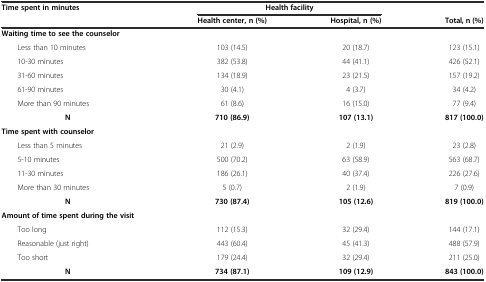
<table><thead><tr><td rowspan="2"><b>Time spent in minutes</b></td><td colspan="2"><b>Health facility</b></td><td rowspan="2"><b>Total, n (%)</b></td></tr><tr><td><b>Health center, n (%)</b></td><td><b>Hospital, n (%)</b></td></tr></thead><tbody><tr><td><b>Waiting time to see the counselor</b></td><td></td><td></td><td></td></tr><tr><td>Less than 10 minutes</td><td>103 (14.5)</td><td>20 (18.7)</td><td>123 (15.1)</td></tr><tr><td>10-30 minutes</td><td>382 (53.8)</td><td>44 (41.1)</td><td>426 (52.1)</td></tr><tr><td>31-60 minutes</td><td>134 (18.9)</td><td>23 (21.5)</td><td>157 (19.2)</td></tr><tr><td>61-90 minutes</td><td>30 (4.1)</td><td>4 (3.7)</td><td>34 (4.2)</td></tr><tr><td>More than 90 minutes</td><td>61 (8.6)</td><td>16 (15.0)</td><td>77 (9.4)</td></tr><tr><td><b>N</b></td><td><b>710 (86.9)</b></td><td><b>107 (13.1)</b></td><td><b>817 (100.0)</b></td></tr><tr><td><b>Time spent with counselor</b></td><td></td><td></td><td></td></tr><tr><td>Less than 5 minutes</td><td>21 (2.9)</td><td>2 (1.9)</td><td>23 (2.8)</td></tr><tr><td>5-10 minutes</td><td>500 (70.2)</td><td>63 (58.9)</td><td>563 (68.7)</td></tr><tr><td>11-30 minutes</td><td>186 (26.1)</td><td>40 (37.4)</td><td>226 (27.6)</td></tr><tr><td>More than 30 minutes</td><td>5 (0.7)</td><td>2 (1.9)</td><td>7 (0.9)</td></tr><tr><td><b>N</b></td><td><b>730 (87.4)</b></td><td><b>105 (12.6)</b></td><td><b>819 (100.0)</b></td></tr><tr><td><b>Amount of time spent during the visit</b></td><td></td><td></td><td></td></tr><tr><td>Too long</td><td>112 (15.3)</td><td>32 (29.4)</td><td>144 (17.1)</td></tr><tr><td>Reasonable (just right)</td><td>443 (60.4)</td><td>45 (41.3)</td><td>488 (57.9)</td></tr><tr><td>Too short</td><td>179 (24.4)</td><td>32 (29.4)</td><td>211 (25.0)</td></tr><tr><td><b>N</b></td><td><b>734 (87.1)</b></td><td><b>109 (12.9)</b></td><td><b>843 (100.0)</b></td></tr></tbody></table>